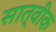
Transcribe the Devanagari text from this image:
सात्वीक